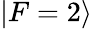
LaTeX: |F=2\rangle